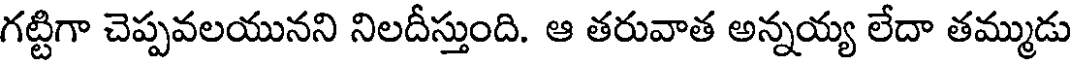
గట్టిగా చెప్పవలయునని నిలదీస్తుంది. ఆ తరువాత అన్నయ్య లేదా తమ్ముడు